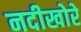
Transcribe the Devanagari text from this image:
नदीखोरे